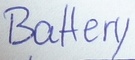
Text: Battery